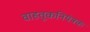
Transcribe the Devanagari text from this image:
वाहतूकनियंत्रक